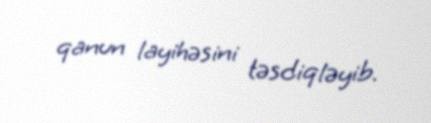
qanun layihəsini təsdiqləyib.